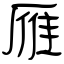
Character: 雁